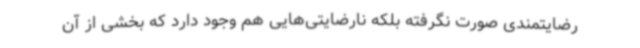
رضایتمندی صورت نگرفته بلکه نارضایتی‌هایی هم وجود دارد که بخشی از آن